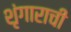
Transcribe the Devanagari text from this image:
शृंगाराची